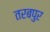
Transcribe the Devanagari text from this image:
तरबपुर